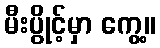
မီးပွိုင့်မှာ ကွေ့။